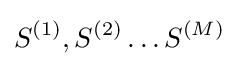
S^{(1)},S^{(2)}\ldots S^{(M)}